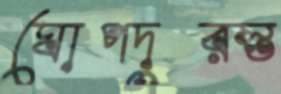
ঘোপদুরস্ত